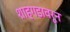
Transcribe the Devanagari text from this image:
शाहगडावरून